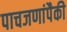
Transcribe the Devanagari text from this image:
पाचजणांपैकी